Vaccine operations Central Provinces & Berar 1912-1920 - 1912-1920
Year: 1912
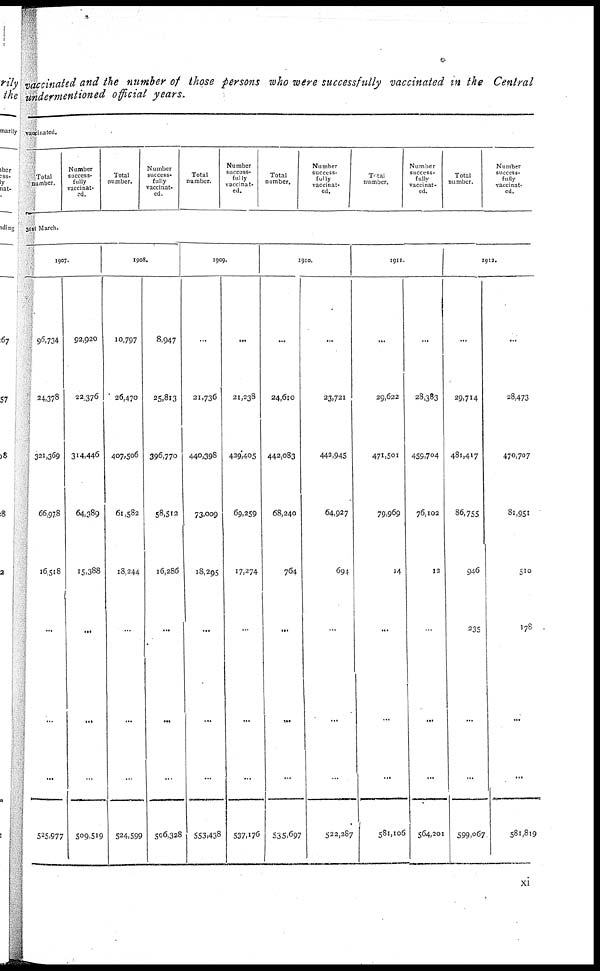
vaccinated and the number of those persons who were successfully vaccinated in the Central
undermentioned official years.
vaticinated.
Total
number.
Number
success-
fully
vaccinat-
ed.
Total
number.
Number
success¬
fully
vaccinat-
ed.
Total
number.
Number
success-
fully
vaccinat-
ed.
Total
number.
Number
success-
fully
vaccinat-
ed.
Total
number.
Number
success-
fully
vaccinat-
ed.
Total
number.
Number
success-
fully
vaccinat-
ed.
31st March.
1907.
96,734
24,378
321,369
66,978
16,518
...
...
...
525,977
92,920
22,376
314,446
64,389
15,388
...
...
...
509,519
1908.
10,797
26,470
407,506
61,582
18,244
...
...
...
524,599
8,947
25,813
396,770
58,512
16,286
...
...
...
506,328
1909.
...
21,736
440,398
73,009
18,295
...
...
...
553,438
...
21,238
429,405
69,259
17,274
...
...
...
537,176
1910.
...
24,610
442,083
68,240
764
...
...
...
535,697
...
23,721
442,945
64,927
694
...
...
...
522,287
1911.
...
29,622
471,501
79,969
14
...
...
...
581,106
...
28,383
459,704
76,102
12
...
...
...
564,201
1912.
...
29,714
481,417
86,755
946
235
...
...
599,067
...
28,473
470,707
81,951
510
178
...
...
581,819
xi